Civil Veterinary Dept. Assam report 1927-50 - 1927-1950
Year: 1927
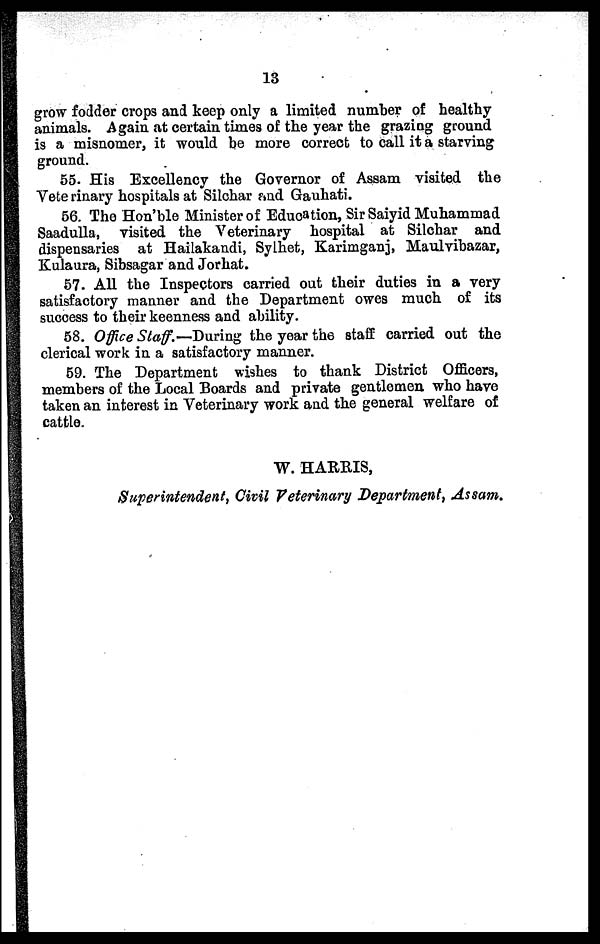
13
grow fodder crops and keep only a limited number of healthy
animals. Again at certain times of the year the grazing ground
is a misnomer, it would be more correct to call it a starving
ground.
55. His Excellency the Governor of Assam visited the
Veterinary hospitals at Silchar and Gauhati.
56. The Hon'ble Minister of Education, Sir Saiyid Muhammad
Saadulla, visited the Veterinary hospital at Silchar and
dispensaries at Hailakandi, Sylhet, Karimganj, Maulvibazar,
Kulaura, Sibsagar and Jorhat.
57. All the Inspectors carried out their duties in a very
satisfactory manner and the Department owes much of its
success to their keenness and ability.
58. Office Staff.—During the year the staff carried out the
clerical work in a satisfactory manner.
59. The Department wishes to thank District Officers,
members of the Local Boards and private gentlemen who have
taken an interest in Veterinary work and the general welfare of
cattle.
W. HARRIS,
Superintendent, Civil Veterinary Department, Assam.